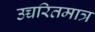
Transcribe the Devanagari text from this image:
उच्चरितमात्र